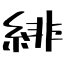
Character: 緋